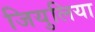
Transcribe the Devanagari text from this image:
जियुलिया